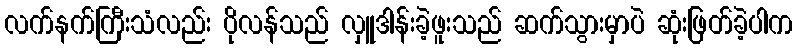
လက်နက်ကြီးသံလည်း ပိုလန်သည် လှူဒါန်းခဲ့ဖူးသည် ဆက်သွားမှာပဲ ဆုံးဖြတ်ခဲ့ပါက